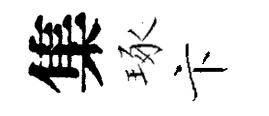
集琢卞